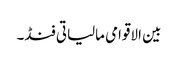
بین الاقوامی مالیاتی فنڈ۔